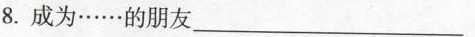
8.成为……的朋友___